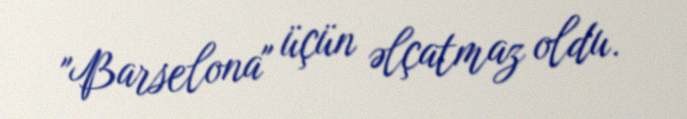
"Barselona" üçün əlçatmaz oldu.